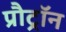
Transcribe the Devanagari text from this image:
प्रौट्रॉन